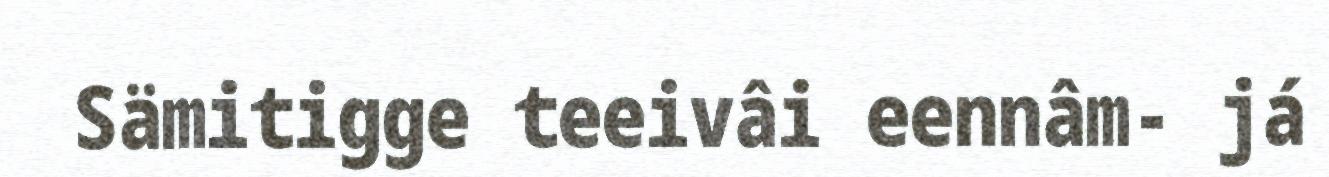
Sämitigge teeivâi eennâm- já